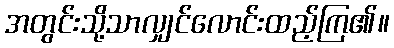
အတွင်းသို့သာလျှင်လောင်းထည့်ကြ၏။